65_HS1-834228961_62-HQ-83894_Section_6
Agency: FBI
Page 59
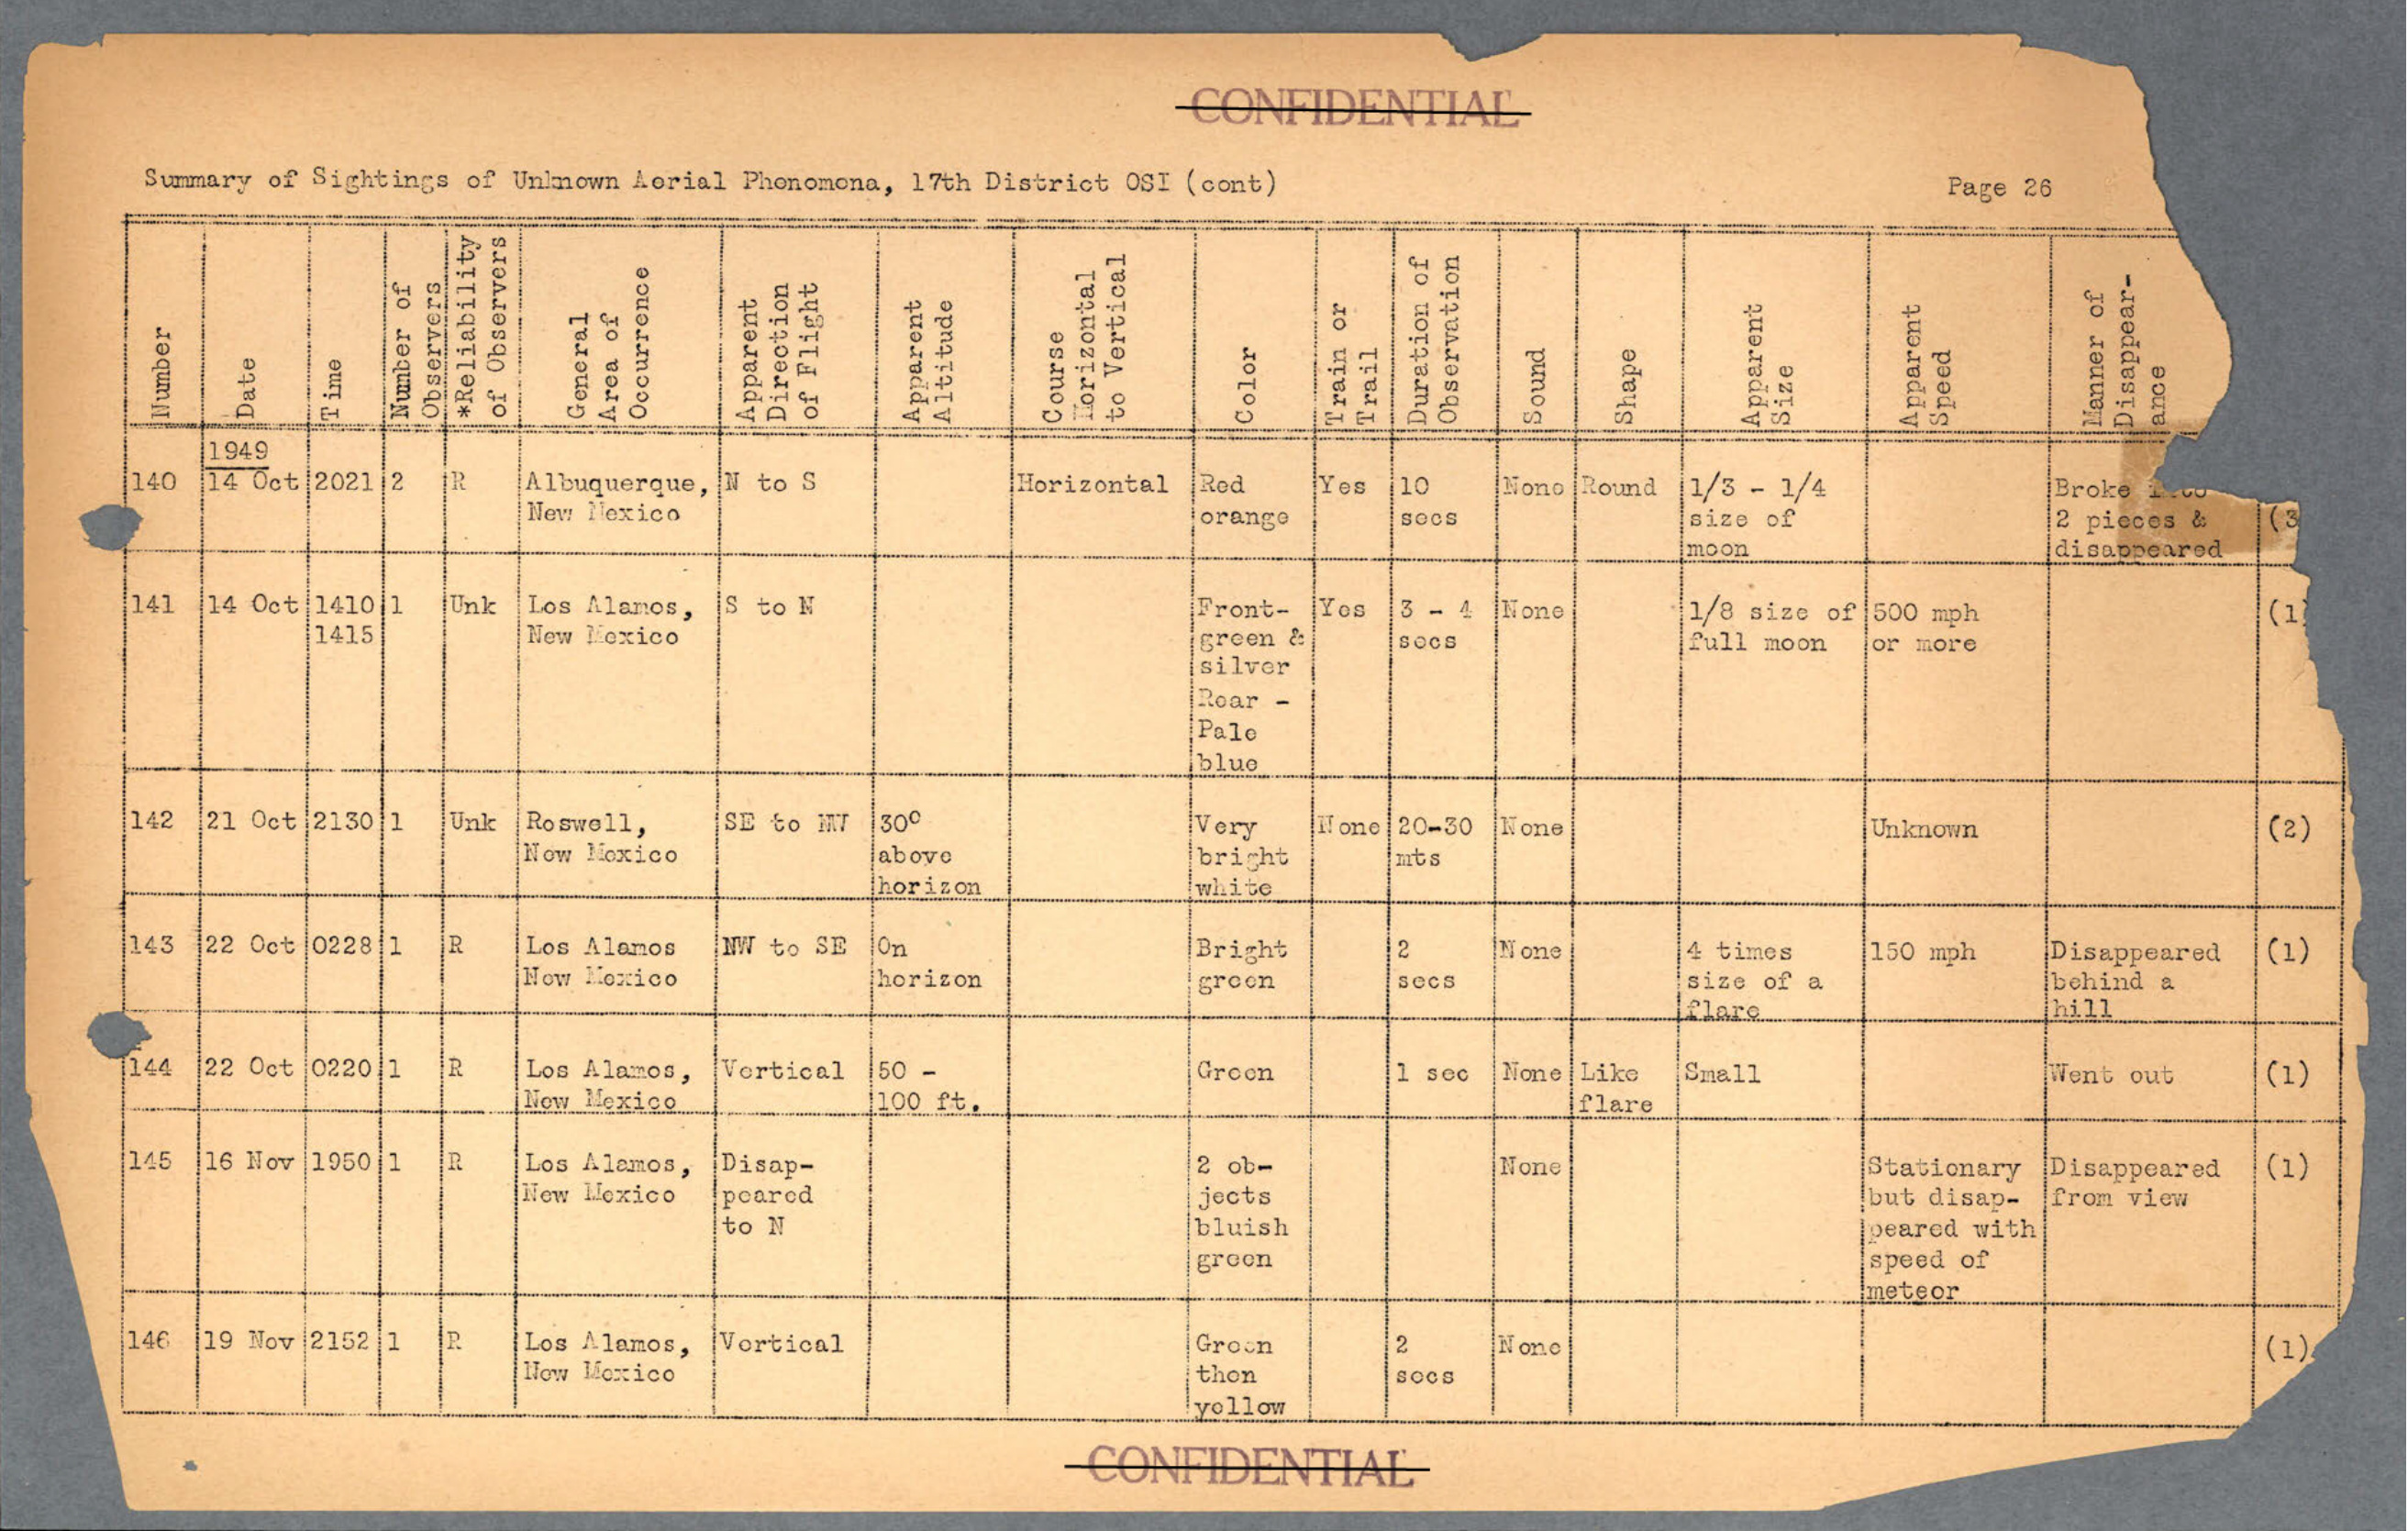